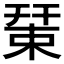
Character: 𢆞